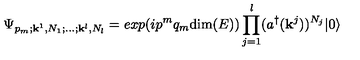
\Psi _ { p _ { m } ; { \bf k } ^ { 1 } , N _ { 1 } ; \dots ; { \bf k } ^ { l } , N _ { l } } = e x p ( i p ^ { m } q _ { m } \mathrm { d i m } ( E ) ) \prod _ { j = 1 } ^ { l } ( a ^ { \dagger } ( { \bf k } ^ { j } ) ) ^ { N _ { j } } | 0 \rangle